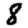
Digit: 8